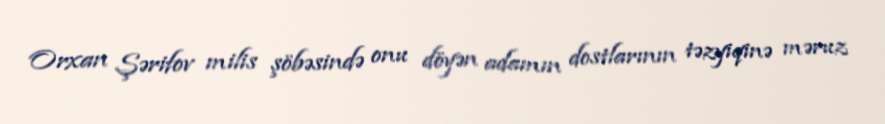
Orxan Şərifov milis şöbəsində onu döyən adamın dostlarının təzyiqinə məruz